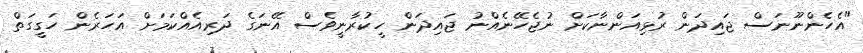
"އެހެންނޫނަސް ޖައިދަން ރުޅިއަންނާކަށް ނުޖެހޭނެއްނު ޖައިދަން ހީކުރާނީވެސް އޭނަގެ ދަރިއެއްކަމަށް އަހަރެން ހަގީގަތް